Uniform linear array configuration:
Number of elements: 24
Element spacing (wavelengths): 0.75
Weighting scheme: hann
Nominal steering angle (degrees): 45
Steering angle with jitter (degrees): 46.771
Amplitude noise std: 0.05
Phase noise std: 0.05

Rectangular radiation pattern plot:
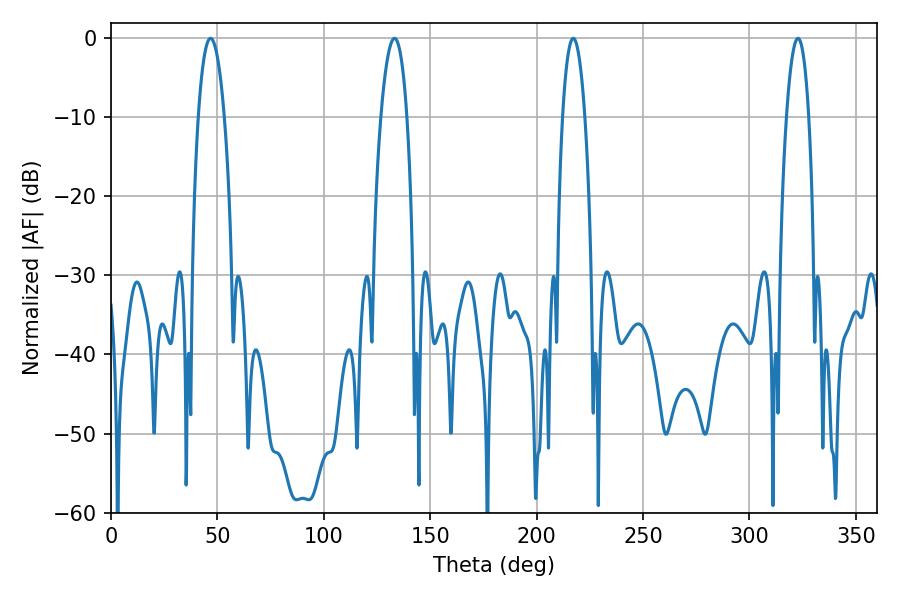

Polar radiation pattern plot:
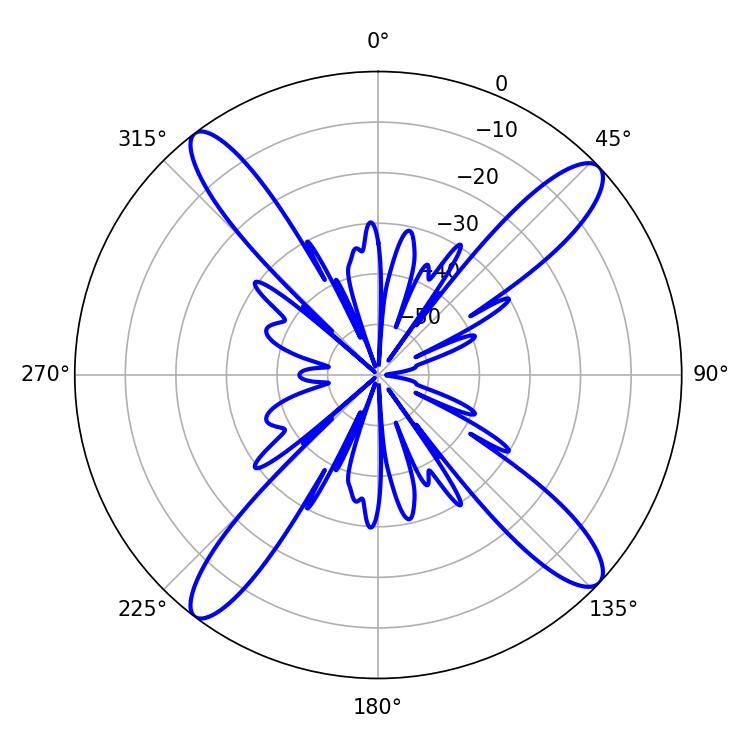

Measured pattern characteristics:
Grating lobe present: TRUE
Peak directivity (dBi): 15.723
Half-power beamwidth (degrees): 6.66
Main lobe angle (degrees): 46.8